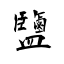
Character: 鹽